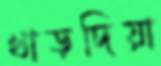
খাড়দিয়া